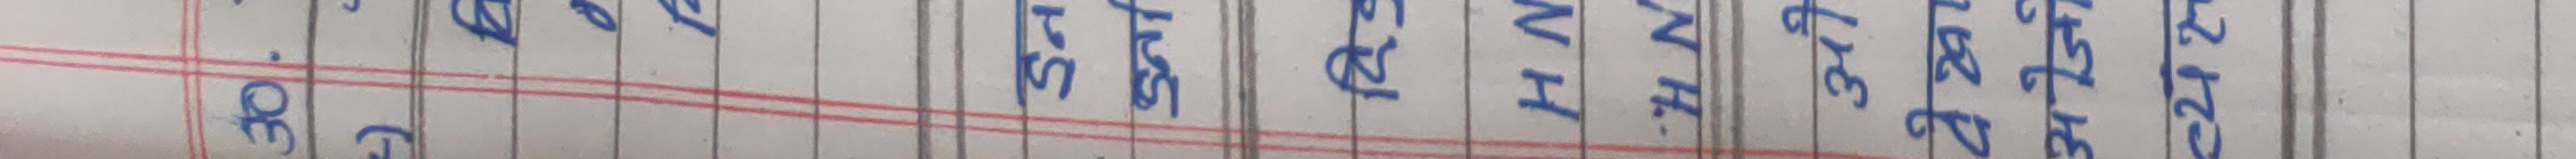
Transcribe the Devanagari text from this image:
३०. माघ फाल्गुण चैत्र वैशाख ज्येष्ठ आषाढ साउन भदौ असोज कार्तिक मङ्सिर पुष